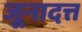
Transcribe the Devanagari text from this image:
जूनादत्त